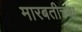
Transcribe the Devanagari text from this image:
मारबतीच्या